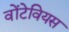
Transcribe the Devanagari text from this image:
वोंटेवियस